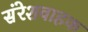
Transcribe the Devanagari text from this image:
संरेशवाहक